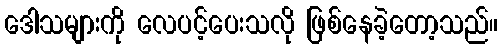
ဒေါသများကို လေပင့်ပေးသလို ဖြစ်နေခဲ့တော့သည်။